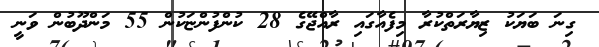
ގިނަ ބަޔަކު ޒިޔާރަތްކުރާ މިފެއާގައި ރާއްޖޭގެ 28 ކުންފުންޏަކުން 55 މަންދޫބުން ވަނީ